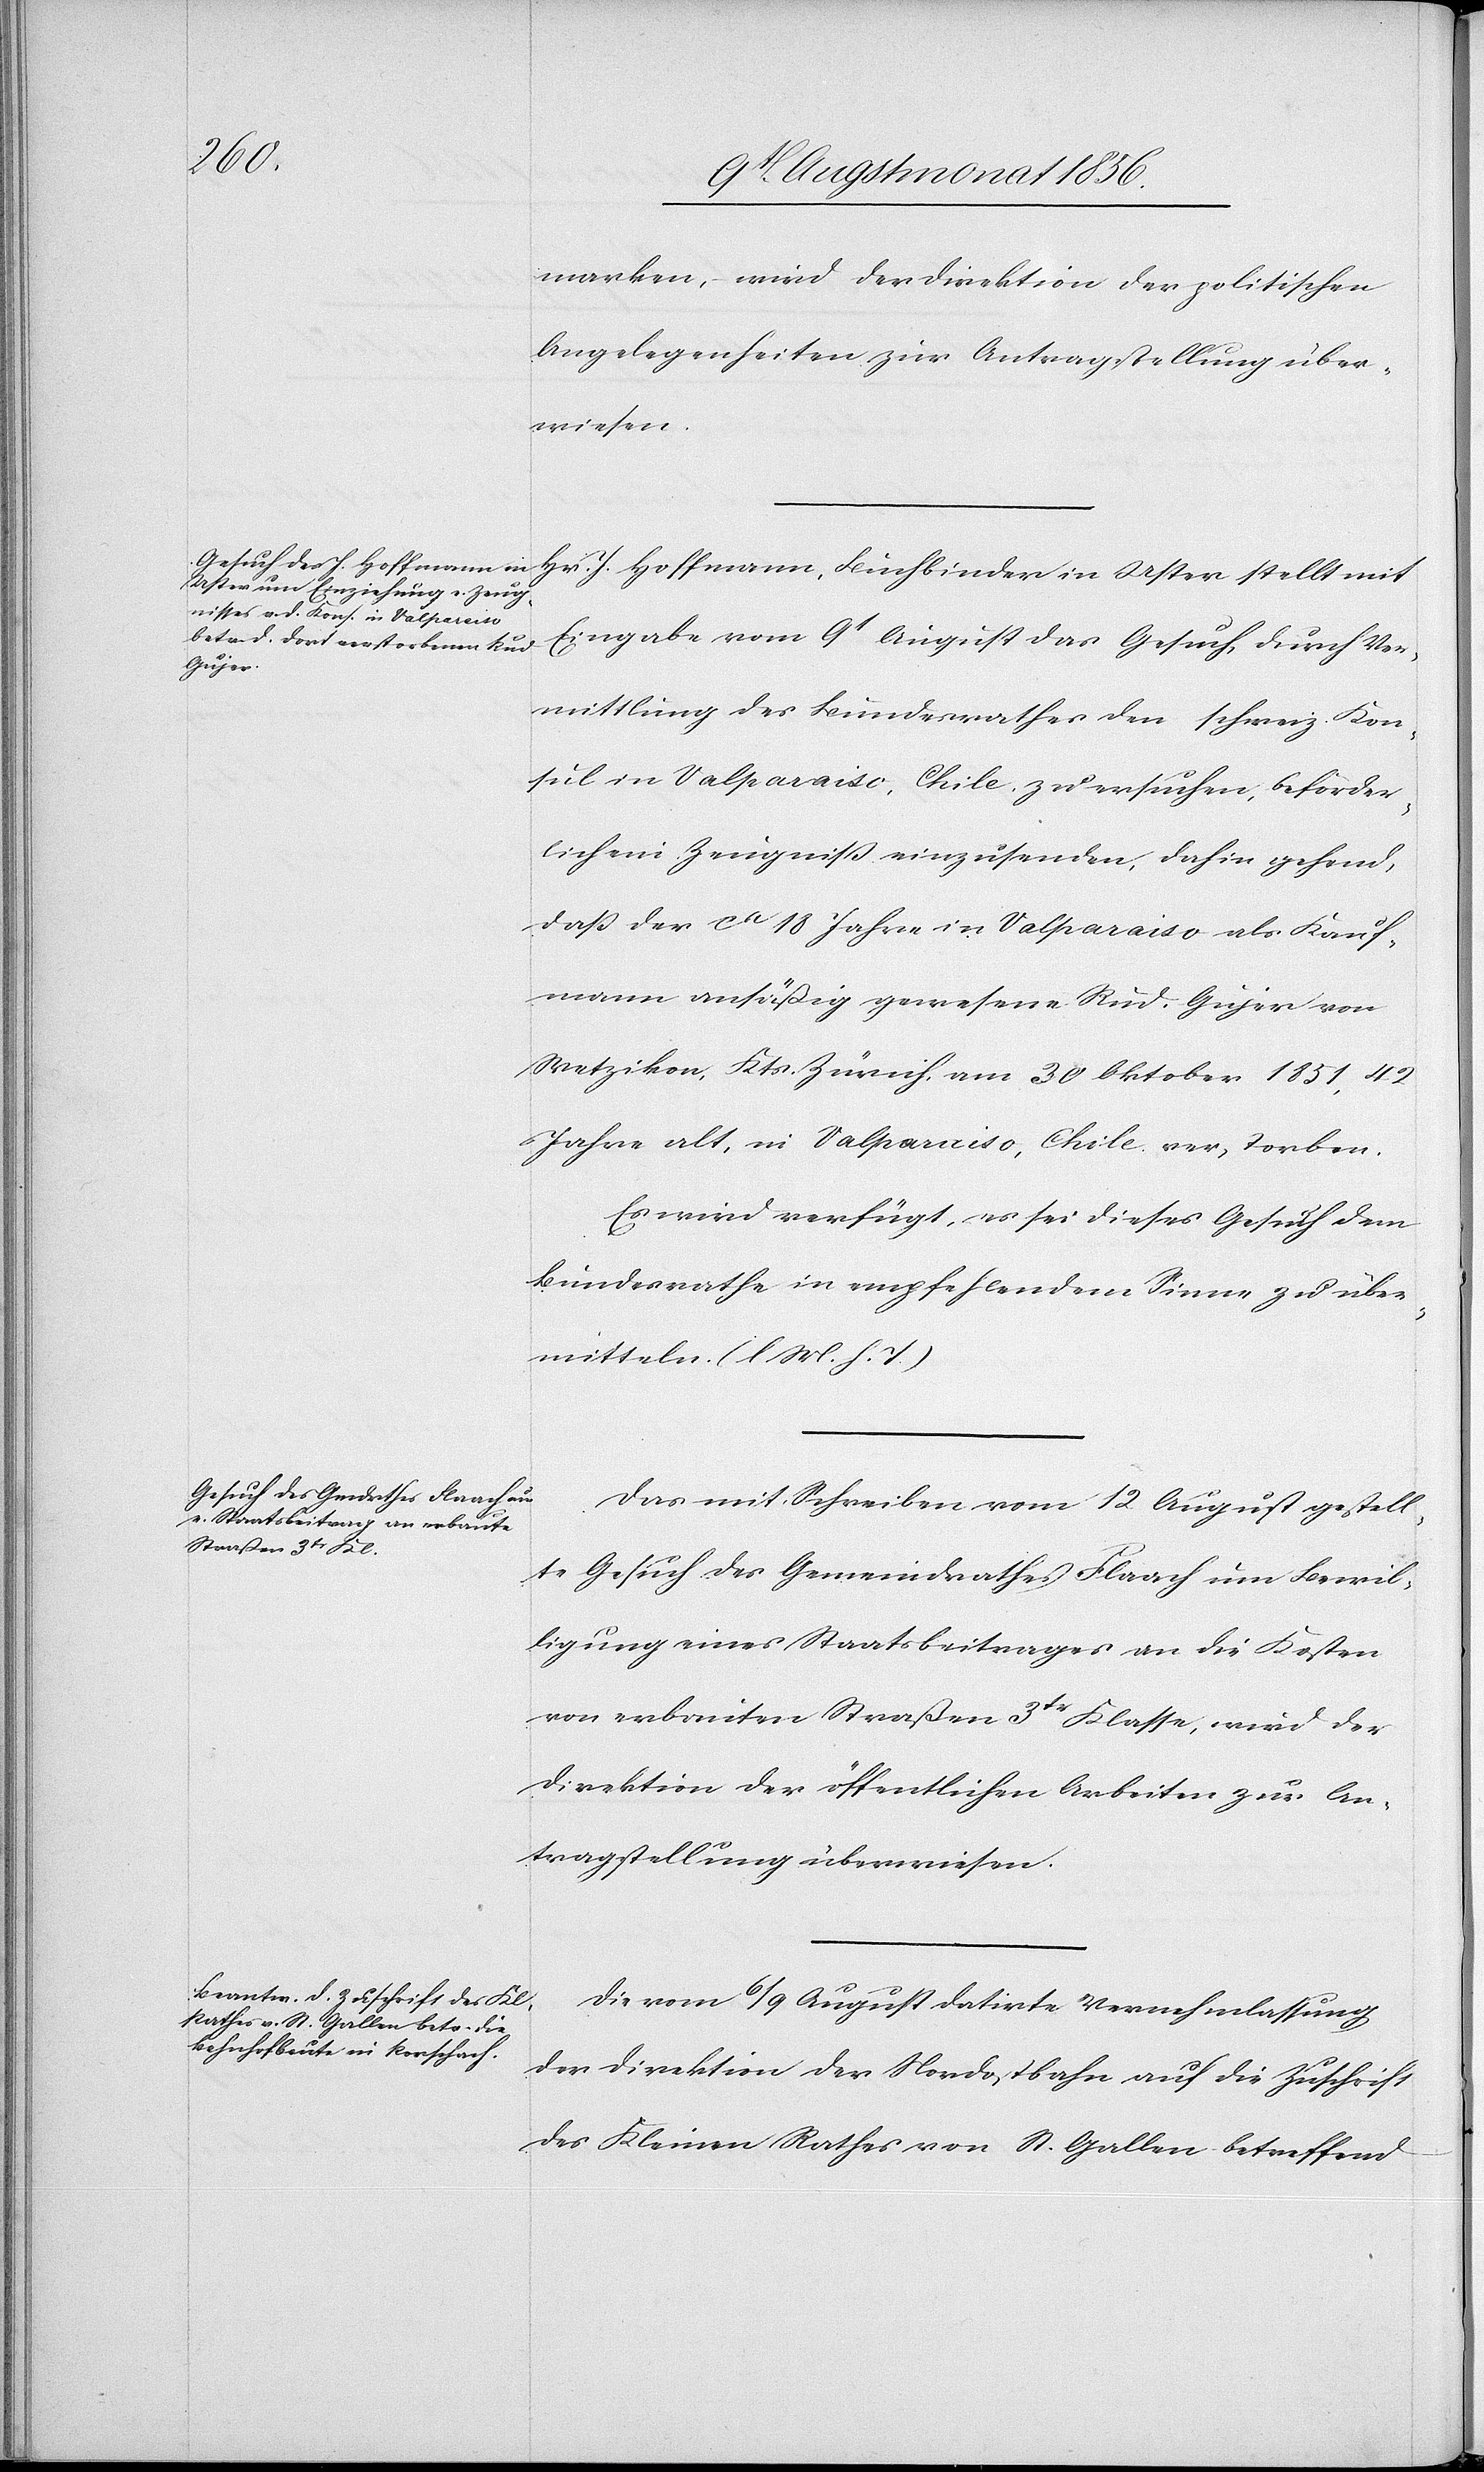
den
11t Augstmonat 1856.]
marken, wird der Direktion der politischen
Angelegenheiten zur Antragstellung über¬
wiesen.
Eingabe vom 9t August das Gesuch, durch Ver¬
mittlung des Bundesrathes den schweiz. Kon¬
sul in Valparaiso, Chile. zu ersuchen, beförder¬
lich ein Zeugniss einzusenden, dahin gehend,
dass der ca 18 Jahre in Valparaiso als Kauf¬
mann ansäßig gewesene Rud. Gujer von
Wetzikon, Kts. Zürich, am 30 Oktober 1851, 42
Jahre alt, in Valparaiso, Chile. verstorben.
Es wird verfügt, es sei dieses Gesuch dem
Bundesrathe in empfehlendem Sinne zu über¬
mitteln. (l M. h. T.)
Das mit Schreiben vom 12 August gestell¬
te Gesuch des Gemeindrathes Flaach um Bewil¬
ligung eines Staatsbeitrages an die Kosten
von erbauten Straßen 3tr Klasse, wird der
Direktion der öffentlichen Arbeiten zur An¬
tragstellung überwiesen.
Die vom 6/9 August datirte Vernehmlassung
der Direktion der Nordostbahn auf die Zuschrift
des Kleinen Rathes von St. Gallen betreffend